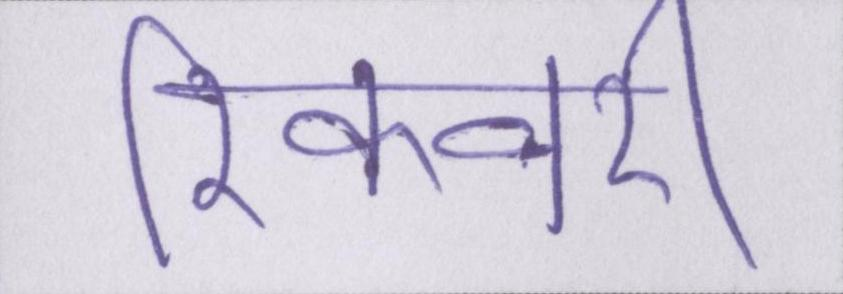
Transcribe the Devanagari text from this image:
रिकवरी